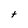
Character: t